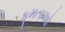
ફૂમતાઓ